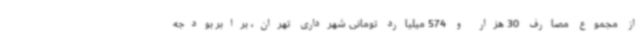
از مجموع مصارف 30 هزار و 574 میلیارد تومانی شهرداری تهران، برابر بودجه